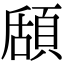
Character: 𩓃